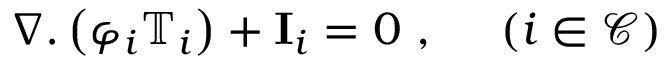
\nabla . \left( \varphi _ { i } \mathbb { T } _ { i } \right) + \mathbf { I } _ { i } = 0 ~ , ~ ~ ~ ~ \left( i \in \mathcal { C } \right)